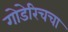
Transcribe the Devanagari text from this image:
गोडेरिचचा